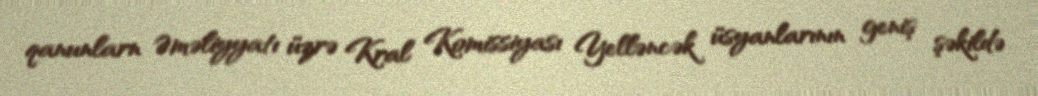
qanunlarn Əməliyyatı üzrə Kral Komissiyası Yelləncək üsyanlarının geniş şəkildə